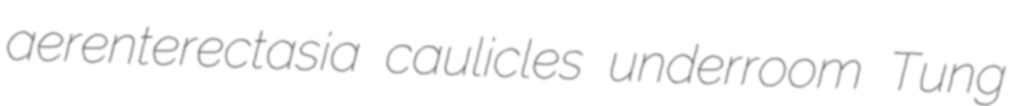
aerenterectasia caulicles underroom Tung